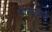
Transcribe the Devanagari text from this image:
सांगण्‍यात